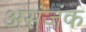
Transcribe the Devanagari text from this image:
असंजंक